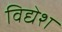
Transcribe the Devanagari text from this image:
विद्येश